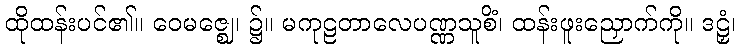
ထိုထန်းပင်၏။ ဝေမဇ္ဈေ၊ ၌။ မကုဠတာလေပဏ္ဏသူစိံ၊ ထန်းဖူးညှောက်ကို။ ဒဠှံ၊